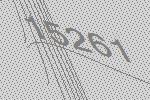
15261